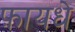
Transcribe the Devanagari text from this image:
फ़ायधे